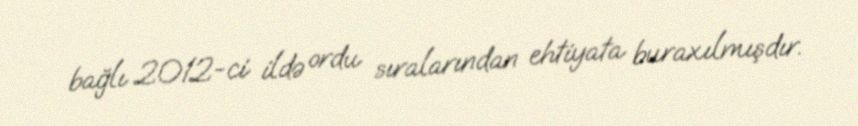
bağlı 2012-ci ildə ordu sıralarından ehtiyata buraxılmışdır.